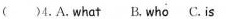
()4.Awhat B.who C.Is